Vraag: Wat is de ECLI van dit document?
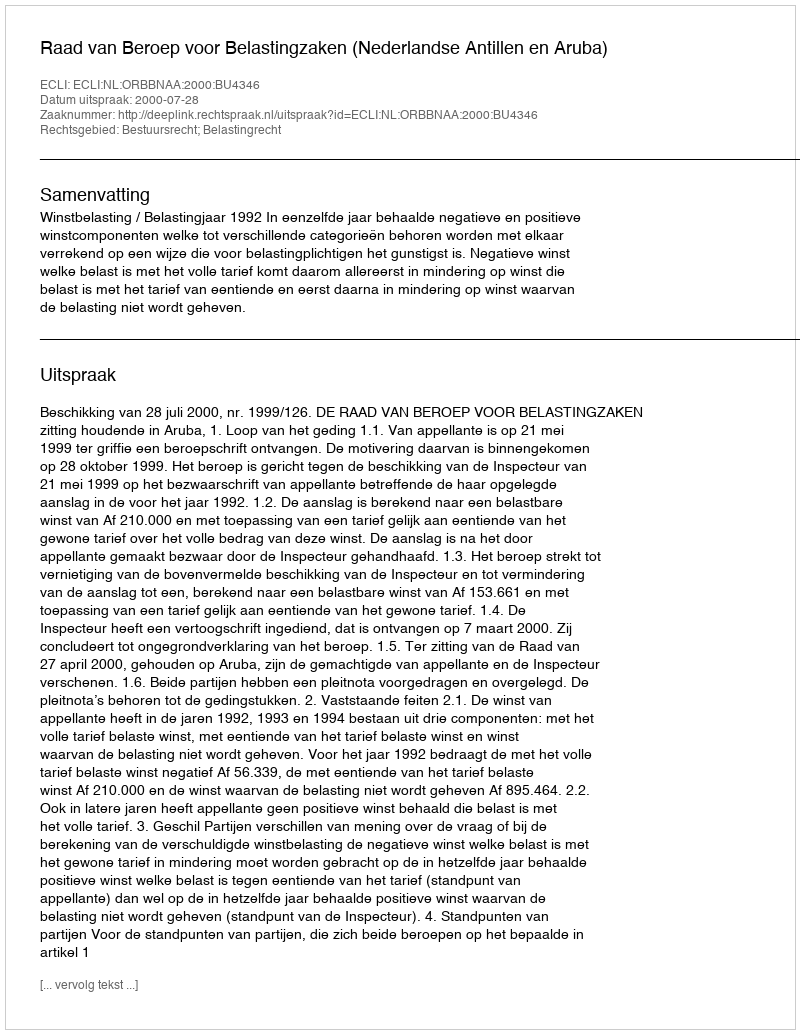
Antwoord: ECLI:NL:ORBBNAA:2000:BU4346